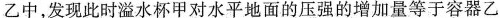
乙中，发现此时溢水杯甲对水平地面的压强的增加量等于容器乙